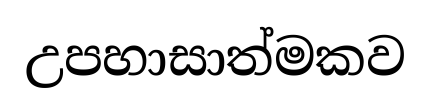
උපහාසාත්මකව